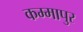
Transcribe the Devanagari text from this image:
कम्मापुर